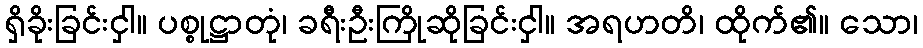
ရှိခိုးခြင်းငှါ။ ပစ္စုဋ္ဌာတုံ၊ ခရီးဦးကြိုဆိုခြင်းငှါ။ အရဟတိ၊ ထိုက်၏။ သော၊